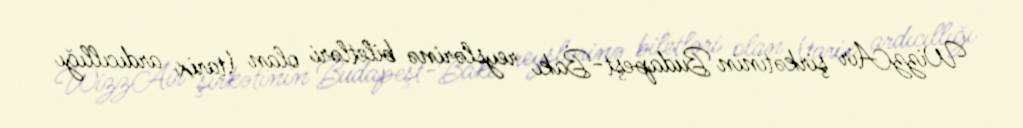
WizzAir şirkətinin Budapeşt-Bakı reyslərinə biletləri olan (tarix ardıcıllığı